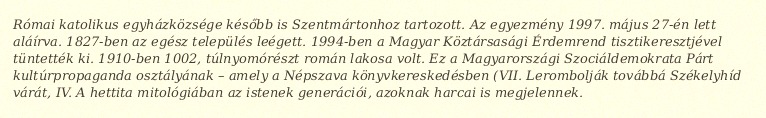
Római katolikus egyházközsége később is Szentmártonhoz tartozott. Az egyezmény 1997. május 27-én lett aláírva. 1827-ben az egész település leégett. 1994-ben a Magyar Köztársasági Érdemrend tisztikeresztjével tüntették ki. 1910-ben 1002, túlnyomórészt román lakosa volt. Ez a Magyarországi Szociáldemokrata Párt kultúrpropaganda osztályának – amely a Népszava könyvkereskedésben (VII. Lerombolják továbbá Székelyhíd várát, IV. A hettita mitológiában az istenek generációi, azoknak harcai is megjelennek.